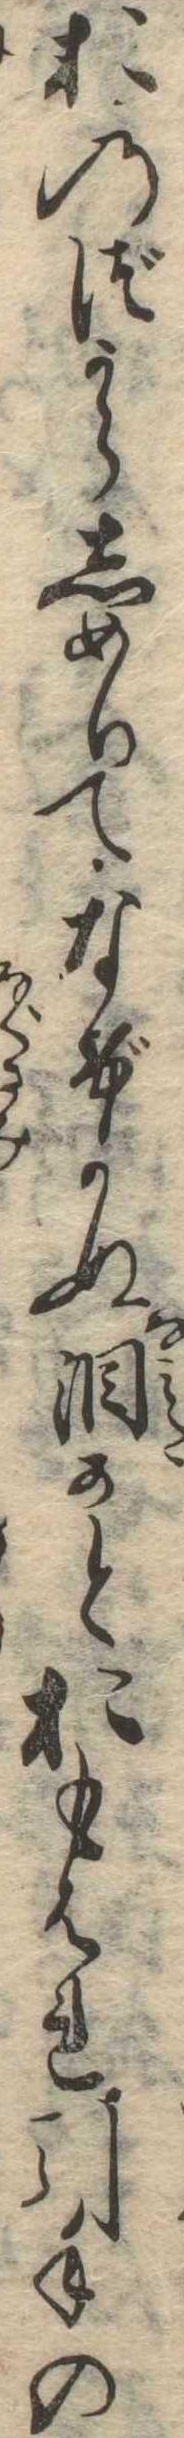
おのづからしめりてなげかぬ涙かとおもはれ引手の